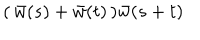
( \, \bar { w } ( s ) + \bar { w } ( t ) \, ) \bar { w } ( s + t )